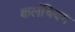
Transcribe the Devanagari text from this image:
कलंचियम